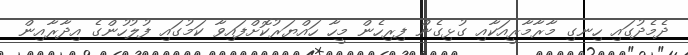
ދެމެދުގައި ހިނގި މާރާމާރީއަކާއި ގުޅިގެން ފިރިހެން މީހާ ހައްޔަރުކޮށްފައިވާ ކަމުގައި ފުލުހުންގެ އިދާރާއިން